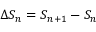
\Delta S _ { n } = S _ { n + 1 } - S _ { n }